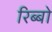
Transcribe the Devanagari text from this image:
रिब्बो